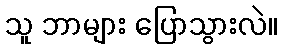
သူ ဘာများ ပြောသွားလဲ။